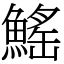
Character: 鰩